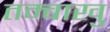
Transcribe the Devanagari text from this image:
तम्बाखु